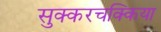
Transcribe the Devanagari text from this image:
सुक्करचक्किया